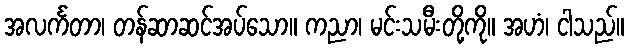
အလင်္ကတာ၊ တန်ဆာဆင်အပ်သော။ ကညာ၊ မင်းသမီးတို့ကို။ အဟံ၊ ငါသည်။